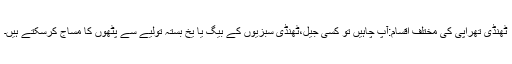
ٹھنڈی تھراپی کی مختلف اقسام:آپ چاہیں تو کسی جیل،ٹھنڈی سبزیوں کے بیگ یا یخ بستہ تولیے سے پٹھوں کا مساج کرسکتے ہیں۔